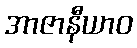
အာဇာနီယာဝ